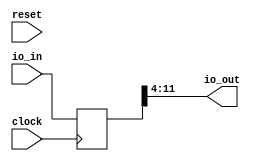
module RemoveMantissa( // @[:@3.2]
  input         clock, // @[:@4.4]
  input         reset, // @[:@5.4]
  input  [11:0] io_in, // @[:@6.4]
  output [7:0]  io_out // @[:@6.4]
);
`ifdef RANDOMIZE_REG_INIT
  reg [31:0] _RAND_0;
`endif // RANDOMIZE_REG_INIT
  reg [11:0] reg_; // @[FixedPrecisionChangerSpec.scala 35:16:@11.4]
  assign io_out = reg_[11:4];
  always @(posedge clock) begin
    reg_ <= io_in;
  end
// Register and memory initialization
`ifdef RANDOMIZE_GARBAGE_ASSIGN
`define RANDOMIZE
`endif
`ifdef RANDOMIZE_INVALID_ASSIGN
`define RANDOMIZE
`endif
`ifdef RANDOMIZE_REG_INIT
`define RANDOMIZE
`endif
`ifdef RANDOMIZE_MEM_INIT
`define RANDOMIZE
`endif
`ifndef RANDOM
`define RANDOM $random
`endif
`ifdef RANDOMIZE_MEM_INIT
  integer initvar;
`endif
`ifndef SYNTHESIS
`ifdef FIRRTL_BEFORE_INITIAL
`FIRRTL_BEFORE_INITIAL
`endif
initial begin
  `ifdef RANDOMIZE
    `ifdef INIT_RANDOM
      `INIT_RANDOM
    `endif
    `ifndef VERILATOR
      `ifdef RANDOMIZE_DELAY
        #`RANDOMIZE_DELAY begin end
      `else
        #0.002 begin end
      `endif
    `endif
`ifdef RANDOMIZE_REG_INIT
  _RAND_0 = {1{`RANDOM}};
  reg_ = _RAND_0[11:0];
`endif // RANDOMIZE_REG_INIT
  `endif // RANDOMIZE
end // initial
`ifdef FIRRTL_AFTER_INITIAL
`FIRRTL_AFTER_INITIAL
`endif
`endif // SYNTHESIS
endmodule